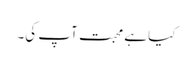
کیا ہے محبت آپ کی۔